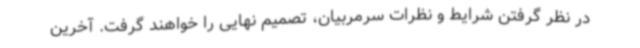
در نظر گرفتن شرایط و نظرات سرمربیان، تصمیم نهایی را خواهند گرفت. آخرین